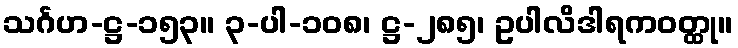
သင်္ဂဟ-ဋ္ဌ-၁၅၃။ ၃-ပါ-၁၀၈၊ ဋ္ဌ-၂၈၅၊ ဥပါလိဒါရကဝတ္ထု။